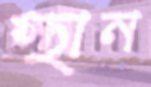
স্থান